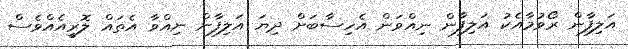
އަލިފާން ރޯވުމާއެކު އަލިފާން ނިއްވަން އެހިސާބަށް ދިޔަ އަލިފާން ނިއްވާ އެތައް ލޮރީއެއްވެސް